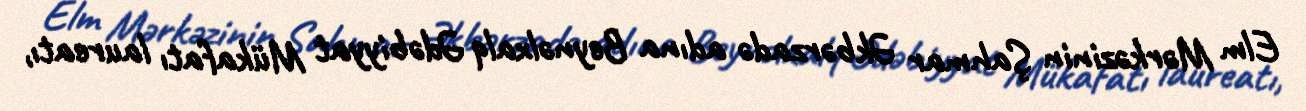
Elm Mərkəzinin Şahmar Əkbərzadə adına Beynəlxalq Ədəbiyyat Mükafatı laureatı,